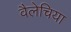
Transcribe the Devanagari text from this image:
वैलेचिया